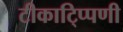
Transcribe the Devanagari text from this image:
टीकाटि्प्पणी